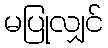
မပြုလျှင်